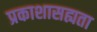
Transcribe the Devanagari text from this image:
प्रकाशासह्यता